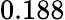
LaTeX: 0.188